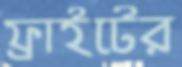
ফ্লাইটের